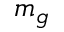
m _ { g }